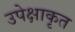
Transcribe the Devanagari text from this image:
उपेक्षाकृत